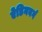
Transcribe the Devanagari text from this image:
ऐडिनबर्ग